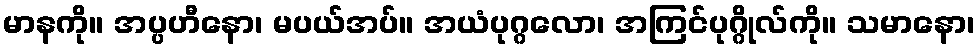
မာနကို။ အပ္ပဟီနော၊ မပယ်အပ်။ အယံပုဂ္ဂလော၊ အကြင်ပုဂ္ဂိုလ်ကို။ သမာနော၊